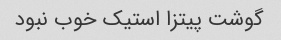
گوشت پیتزا استیک خوب نبود